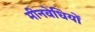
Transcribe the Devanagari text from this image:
मीनवेधियों